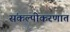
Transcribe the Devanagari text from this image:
संकल्पीकरणात